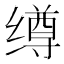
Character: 𰬺